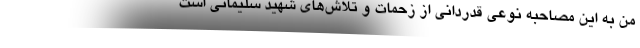
من به این مصاحبه نوعی قدردانی از زحمات و تلاش‌های شهید سلیمانی است